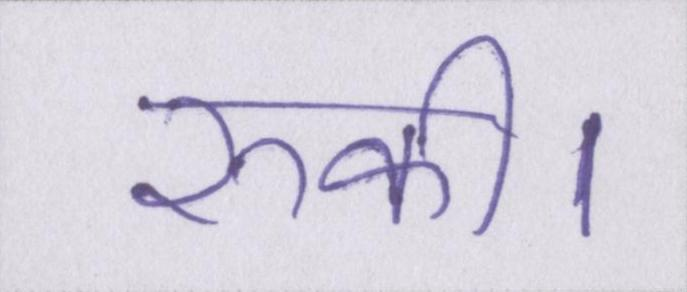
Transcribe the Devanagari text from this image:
रुकी।